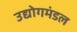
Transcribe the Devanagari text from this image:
उद्योगमंडल